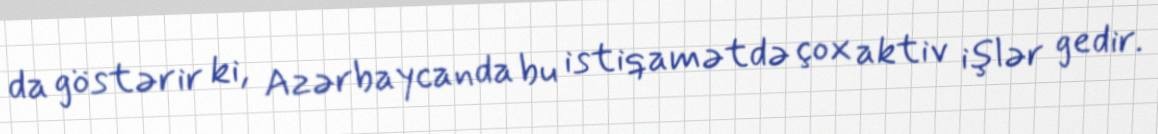
da göstərir ki, Azərbaycanda bu istiqamətdə çox aktiv işlər gedir.